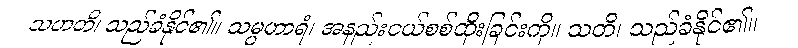
သဟတိ၊ သည်ခံနိုင်၏။ သမ္ပဟာရံ၊ အနည်းငယ်စစ်ထိုးခြင်းကို။ သတိ၊ သည်ခံနိုင်၏။